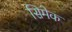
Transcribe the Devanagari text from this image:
सिमेक